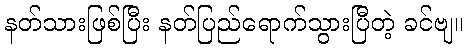
နတ်သားဖြစ်ပြီး နတ်ပြည်ရောက်သွားပြီတဲ့ ခင်ဗျ။